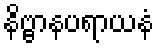
နိဗ္ဗာနပရာယနံ